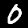
Digit: 0